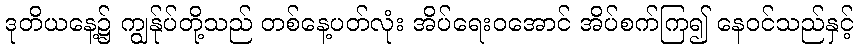
ဒုတိယနေ့၌ ကျွန်ုပ်တို့သည် တစ်နေ့ပတ်လုံး အိပ်ရေးဝအောင် အိပ်စက်ကြ၍ နေဝင်သည်နှင့်